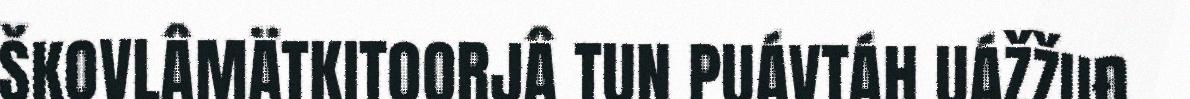
ŠKOVLÂMÄTKITOORJÂ TUN PUÁVTÁH UÁŽŽUĐ